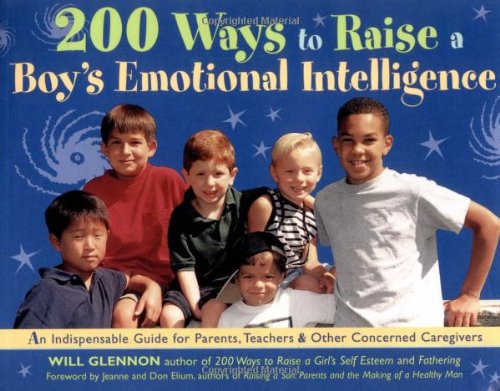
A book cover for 200 Ways to Raise a Boy's Emotional Intelligence: An Indispensible Guide for Parents, Teachers & Other Concerned Caregivers; Will Glennon; Health, Fitness & Dieting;